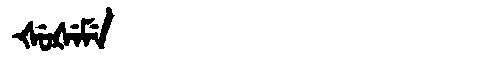
Manchu: ᡧᡠᡧᡝᠮᡝ
Romanization: ŠUŠEME